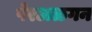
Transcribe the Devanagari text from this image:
पेरअळगन